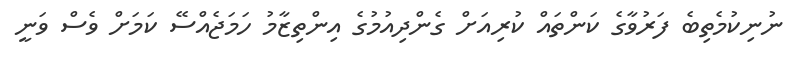
ނުނިކުމެތިބެ ފަރުވާގެ ކަންތައް ކުރިއަށް ގެންދިއުމުގެ އިންތިޒާމު ހަމަޖެއްސޭ ކަމަށް ވެސް ވަނީ